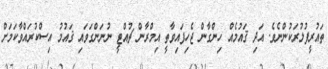
ތައުރީފުލުރަކުންނެވެ. އަދި ޤައުމެއް ހިންގާން ޖެހިފައިވާތީ އިމްރާން ޗުއްޓީ ނުނަންގަވައި ޤައުމު އިސްކުރައްވާކަމަށް